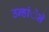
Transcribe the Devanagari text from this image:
उन्हांेने